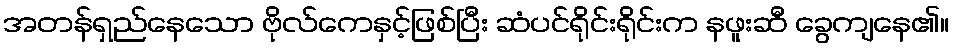
အတန်ရှည်နေသော ဗိုလ်ကေနှင့်ဖြစ်ပြီး ဆံပင်ရိုင်းရိုင်းက နဖူးဆီ ခွေကျနေ၏။